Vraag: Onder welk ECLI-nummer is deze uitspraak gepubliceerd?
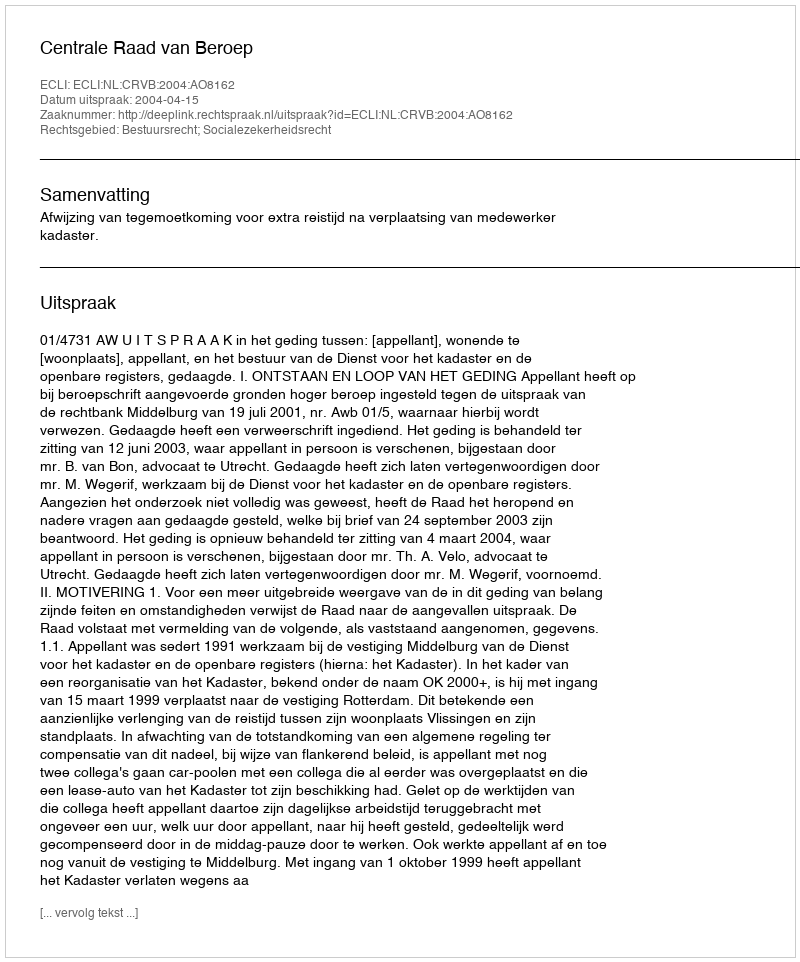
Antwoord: ECLI:NL:CRVB:2004:AO8162